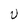
Character: U